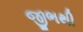
જીભથી